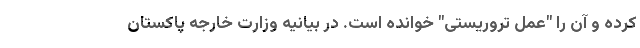
کرده و آن را "عمل تروریستی" خوانده است. در بیانیه وزارت خارجه پاکستان